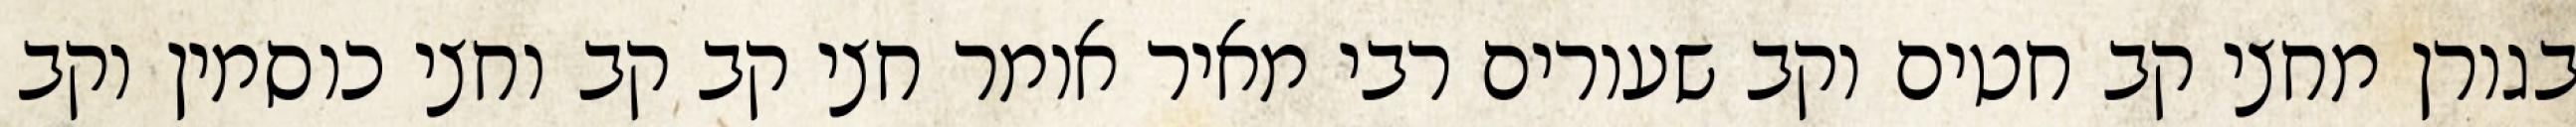
בגורן מחצי קב חטים וקב שעורים רבי מאיר אומר חצי קב קב וחצי כוסמין וקב